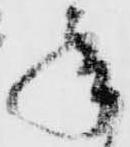
承